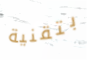
بتقنية